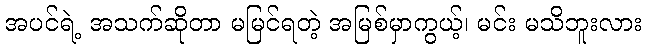
အပင်ရဲ့ အသက်ဆိုတာ မမြင်ရတဲ့ အမြစ်မှာကွယ့်၊ မင်း မသိဘူးလား